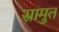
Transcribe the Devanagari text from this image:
स्रामुत